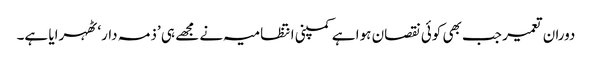
دوران تعمیر جب بھی کوئی نقصان ہوا ہے کمپنی انتظامیہ نے مجھے ہی ’ذمہ دار‘ ٹھہرایا ہے۔